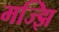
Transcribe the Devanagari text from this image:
मज्झि